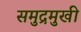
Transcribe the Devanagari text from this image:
समुद्रमुखी